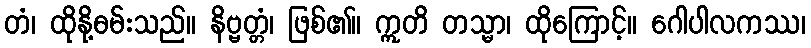
တံ၊ ထိုနို့ဓမ်းသည်။ နိဗ္ဗတ္တံ၊ ဖြစ်၏။ ဣတိ တသ္မာ၊ ထိုကြောင့်။ ဂေါပါလကဿ၊